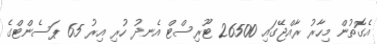
އެގޮތުން މިހާރު ރާއްޖޭގައި 26500 ޓޫރިސްޓް އެނދު ހުރި އިރު 65 ޕަސެންޓްގެ